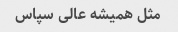
مثل همیشه عالی سپاس